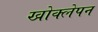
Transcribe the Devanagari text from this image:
खोक्लेपन